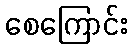
စေကြောင်း